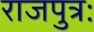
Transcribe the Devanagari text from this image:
राजपुत्रः